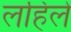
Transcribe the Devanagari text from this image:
लहिले